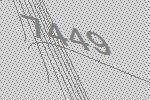
7449